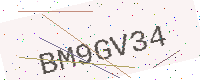
Text: BM9GV34